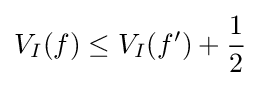
V_{I}(f)\leq V_{I}(f')+{\frac {1}{2}}